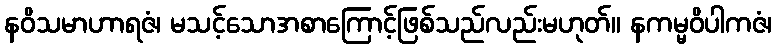
နဝိသမာဟာရဇံ၊ မသင့်သောအစာကြောင့်ဖြစ်သည်လည်းမဟုတ်။ နကမ္မဝိပါကဇံ၊